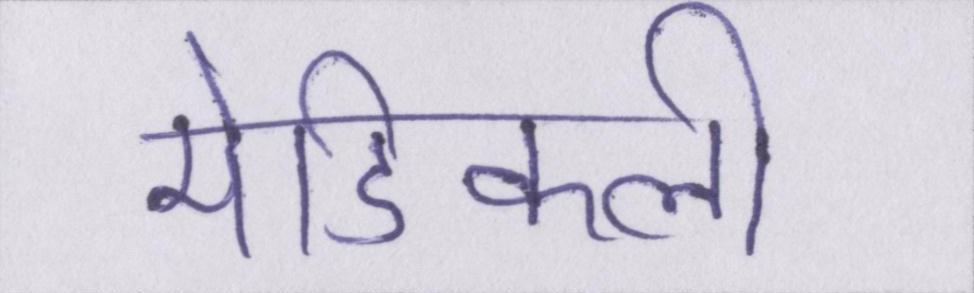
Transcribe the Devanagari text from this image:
मेडिकली